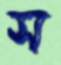
স